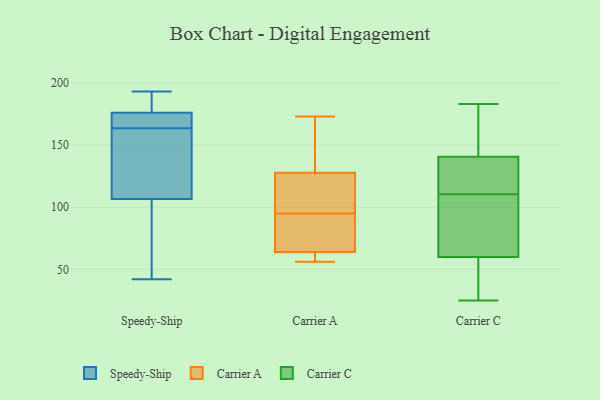
{"axis": {"x": "Gross Profit (USD K)", "y": "Value"}, "legend": ["Carrier A", "Carrier C", "Speedy-Ship"], "data": [{"x": "", "y": 193, "type": "Speedy-Ship"}, {"x": "", "y": 156, "type": "Speedy-Ship"}, {"x": "", "y": 156, "type": "Speedy-Ship"}, {"x": "", "y": 42, "type": "Speedy-Ship"}, {"x": "", "y": 75, "type": "Speedy-Ship"}, {"x": "", "y": 171, "type": "Speedy-Ship"}, {"x": "", "y": 176, "type": "Speedy-Ship"}, {"x": "", "y": 190, "type": "Speedy-Ship"}, {"x": "", "y": 176, "type": "Speedy-Ship"}, {"x": "", "y": 132, "type": "Speedy-Ship"}, {"x": "", "y": 81, "type": "Speedy-Ship"}, {"x": "", "y": 171, "type": "Speedy-Ship"}, {"x": "", "y": 140, "type": "Carrier A"}, {"x": "", "y": 95, "type": "Carrier A"}, {"x": "", "y": 100, "type": "Carrier A"}, {"x": "", "y": 80, "type": "Carrier A"}, {"x": "", "y": 95, "type": "Carrier A"}, {"x": "", "y": 56, "type": "Carrier A"}, {"x": "", "y": 63, "type": "Carrier A"}, {"x": "", "y": 137, "type": "Carrier A"}, {"x": "", "y": 57, "type": "Carrier A"}, {"x": "", "y": 67, "type": "Carrier A"}, {"x": "", "y": 173, "type": "Carrier A"}, {"x": "", "y": 54, "type": "Carrier C"}, {"x": "", "y": 66, "type": "Carrier C"}, {"x": "", "y": 149, "type": "Carrier C"}, {"x": "", "y": 54, "type": "Carrier C"}, {"x": "", "y": 25, "type": "Carrier C"}, {"x": "", "y": 182, "type": "Carrier C"}, {"x": "", "y": 132, "type": "Carrier C"}, {"x": "", "y": 109, "type": "Carrier C"}, {"x": "", "y": 183, "type": "Carrier C"}, {"x": "", "y": 112, "type": "Carrier C"}, {"x": "", "y": 106, "type": "Carrier C"}, {"x": "", "y": 124, "type": "Carrier C"}]}